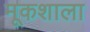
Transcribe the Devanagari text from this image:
मूकशाला